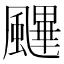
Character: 䬛